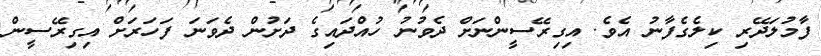
ފާމުލަދޭރި ކިލެގެފާނު އެވެ. އިގިރޭސީންނަށް ދެވުނު ހުއްދައިގެ ދަށުން ދެވަނަ ފަހަރަށް އިގިރޭސީން